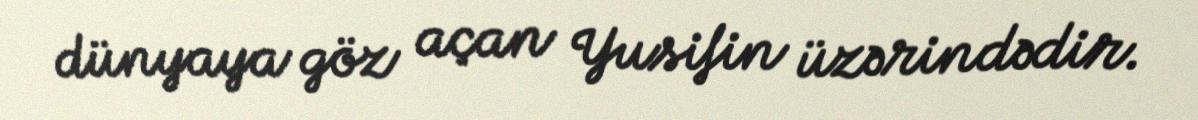
dünyaya göz açan Yusifin üzərindədir.